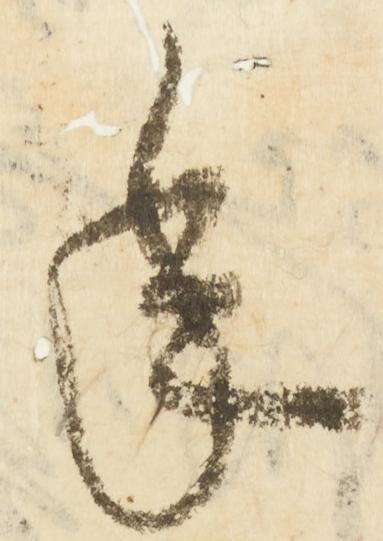
年